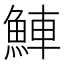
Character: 𬵒